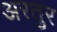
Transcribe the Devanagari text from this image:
अरतुर